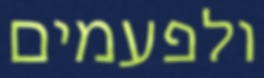
ולפעמים